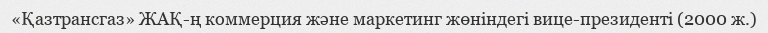
«Қазтрансгаз» ЖАҚ-ң коммерция және маркетинг жөніндегі вице-президенті (2000 ж.)